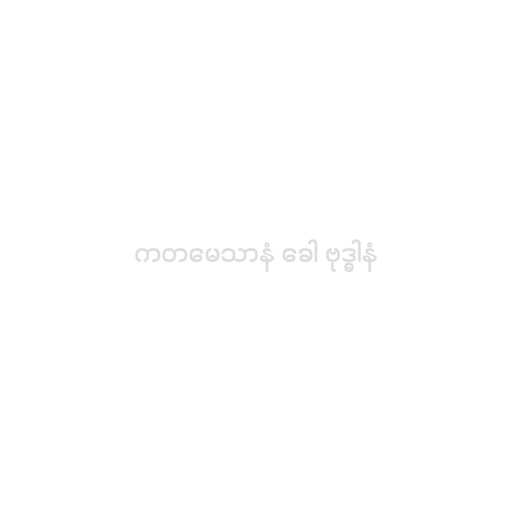
ကတမေသာနံ ခေါ ဗုဒ္ဓါနံ